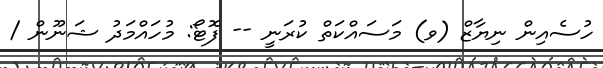
ހުސެއިން ނިޔާޒް (ވ) މަސައްކަތް ކުރަނީ -- ފޮޓޯ: މުހައްމަދު ޝަނޫން /